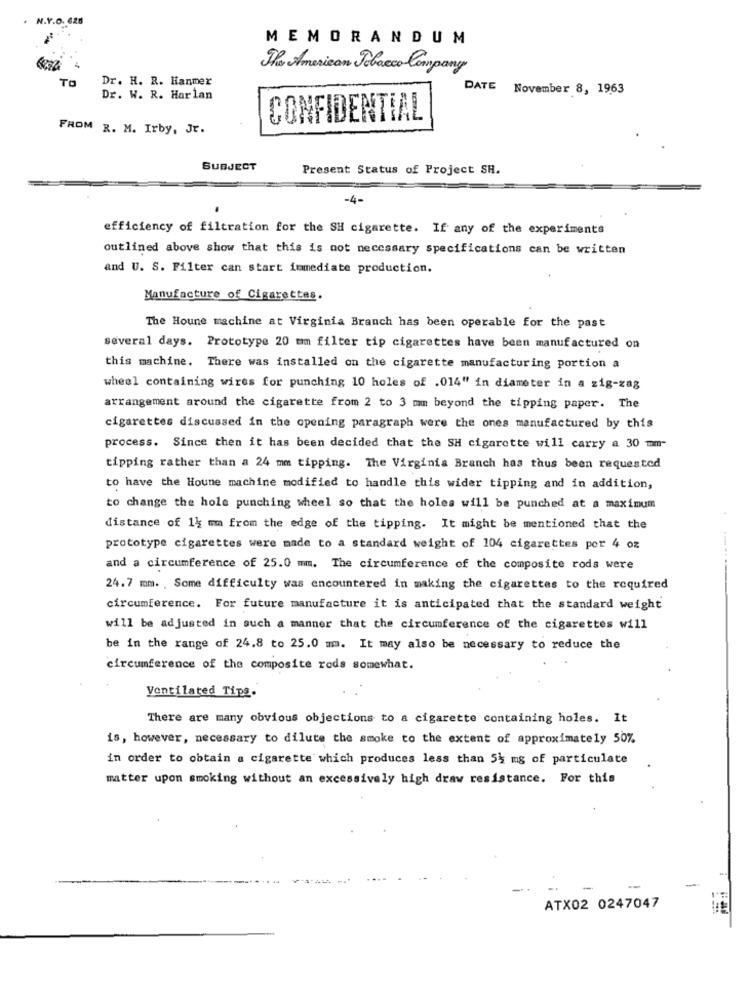
N.Y.O. 628
MEMORANDUM
The American Tobacco Company
TO
Dr. H. R. Hanmer
DATE November 8, 1963
Dr. W. R. Harlan
CONFIDENTIAL
FROM R. M. Irby, Jr.
SUBJECT
Present Status of Project SH.
-4-
efficiency of filtration for the SH cigarette. If any of the experiments
outlined above show that this is not necessary specifications can be written
and U. S. Filter can start immediate production.
Manufacture of Cigarettes.
The Houne machine at Virginia Branch has been operable for the past
several days. Prototype 20 mm filter tip cigarettes have been manufactured on
this machine. There was installed on the cigarette manufacturing portion a
wheel containing wires for punching 10 holes of .014" in diameter in a zig-zag
arrangement around the cigarette from 2 to 3 mm beyond the tipping paper. The
cigarettes discussed in the opening paragraph were the ones manufactured by this
process. Since then it has been decided that the SH cigarette will carry a 30 mm-
tipping rather than a 24 mm tipping. The Virginia Branch has thus been requested
to have the Houne machine modified to handle this wider tipping and in addition,
to change the hole punching wheel so that the holes will be punched at a maximum
distance of 14 mm from the edge of the tipping. It might be mentioned that the
prototype cigarettes were made to a standard weight of 104 cigarettes por 4 oz
and a circumference of 25.0 mm. The circumference of the composite rods were
24.7 mm. , Some difficulty was encountered in making the cigarettes to the required
circumference. For future manufacture it is anticipated that the standard weight
will be adjusted in such a manner that the circumference of the cigarettes will
be in the range of 24.8 to 25.0 mm. It may also be necessary to reduce the
circumference of the composite rods somewhat.
Ventilated Tips.
There are many obvious objections to a cigarette containing holes. It
is, however, necessary to dilute the smoke to the extent of approximately 50%
in order to obtain a cigarette which produces less than 54 mg of particulate
matter upon smoking without an excessively high draw resistance. For this
ATX02 0247047